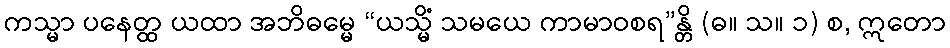
ကသ္မာ ပနေတ္ထ ယထာ အဘိဓမ္မေ “ယသ္မိံ သမယေ ကာမာဝစရ”န္တိ (ဓ။ သ။ ၁) စ, ဣတော